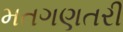
મતગણતરી